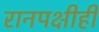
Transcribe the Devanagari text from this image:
रानपक्षीही